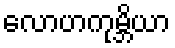
လောဟကုမ္ဘိယာ